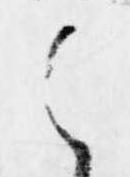
之